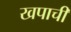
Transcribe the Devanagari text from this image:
खपाची